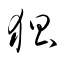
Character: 猖